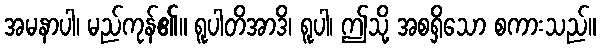
အမနာပါ၊ မည်ကုန်၏။ ရူပါတိအာဒိ၊ ရူပါ၊ ဤသို့ အစရှိသော စကားသည်။